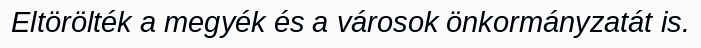
Eltörölték a megyék és a városok önkormányzatát is.